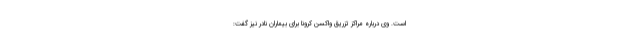
است. وی درباره مراکز تزریق واکسن کرونا برای بیماران نادر نیز گفت: